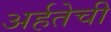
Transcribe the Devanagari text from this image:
अर्हतेची